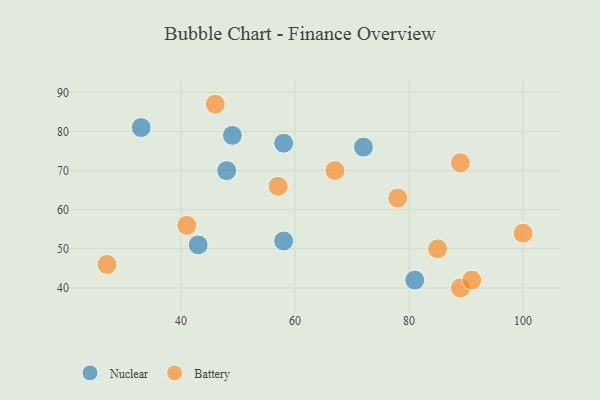
{"axis": {"x": "GDP", "y": "Life Expectancy"}, "legend": ["Battery", "Nuclear"], "data": [{"x": "72", "y": 76, "type": "Nuclear"}, {"x": "48", "y": 70, "type": "Nuclear"}, {"x": "33", "y": 81, "type": "Nuclear"}, {"x": "81", "y": 42, "type": "Nuclear"}, {"x": "43", "y": 51, "type": "Nuclear"}, {"x": "49", "y": 79, "type": "Nuclear"}, {"x": "58", "y": 77, "type": "Nuclear"}, {"x": "58", "y": 52, "type": "Nuclear"}, {"x": "27", "y": 46, "type": "Battery"}, {"x": "57", "y": 66, "type": "Battery"}, {"x": "85", "y": 50, "type": "Battery"}, {"x": "100", "y": 54, "type": "Battery"}, {"x": "67", "y": 70, "type": "Battery"}, {"x": "78", "y": 63, "type": "Battery"}, {"x": "89", "y": 40, "type": "Battery"}, {"x": "41", "y": 56, "type": "Battery"}, {"x": "91", "y": 42, "type": "Battery"}, {"x": "89", "y": 72, "type": "Battery"}, {"x": "46", "y": 87, "type": "Battery"}]}